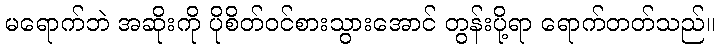
မရောက်ဘဲ အဆိုးကို ပိုစိတ်ဝင်စားသွားအောင် တွန်းပို့ရာ ရောက်တတ်သည်။